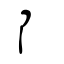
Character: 阝